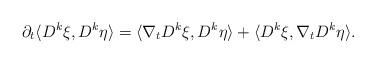
LaTeX: \begin{align*}\partial_t\langle D^k\xi,D^k\eta\rangle=\langle\nabla_t D^k\xi,D^k\eta\rangle+\langle D^k\xi,\nabla_t D^k\eta\rangle.\end{align*}